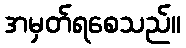
အမှတ်ရစေသည်။